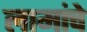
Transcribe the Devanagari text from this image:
लामांचे